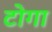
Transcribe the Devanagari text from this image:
टोगा